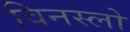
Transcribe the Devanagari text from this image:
विनस्‍लो